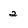
Character: 2